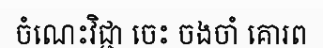
ចំណេះវិជ្ជា ចេះ ចងចាំ គោរព